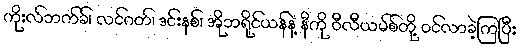
ကိုးလ်ဘက်ခ်၊ လင်ဂတ်၊ ဒင်းနစ်၊ အိုဘရိုင်ယန်နဲ့ နီကို ဝီလီယမ်စ်တို့ ဝင်လာခဲ့ကြပြီး